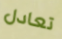
تعادل